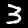
Digit: 3